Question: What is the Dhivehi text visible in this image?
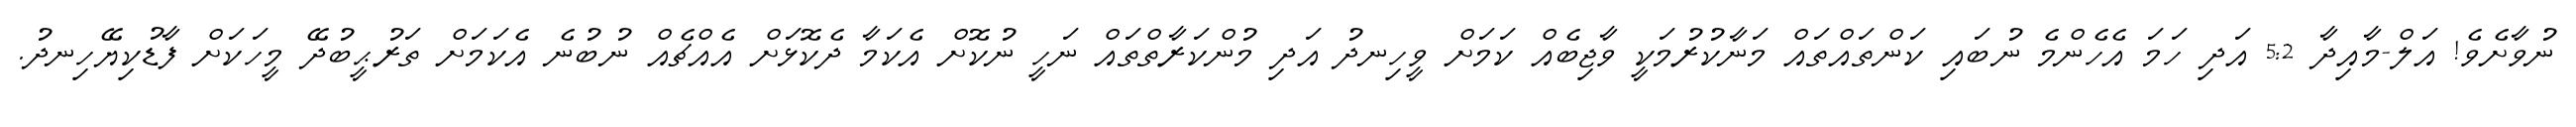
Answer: ނުވާށެވެ! އަލް-މާއިދާ 5:2 އަދި ހަމަ އެހެންމެ ނުބައި ކަންތައްތައް މަނާކުރުމަކީ ވާޖިބެއް ކަމަށް ވީހިނދު އަދި މުންކަރާތްތައް ނަހީ ނުކޮށް އެކަމާ ދެކޮޅަށް އެއްޗެއް ނުބުނެ އެކަމަށް ތަރުޙީބުދޭ މީހަކަށް ފާޑުކިޔޭހިނދު.